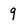
Character: 9